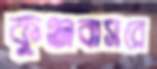
কুঞ্জবাসরে